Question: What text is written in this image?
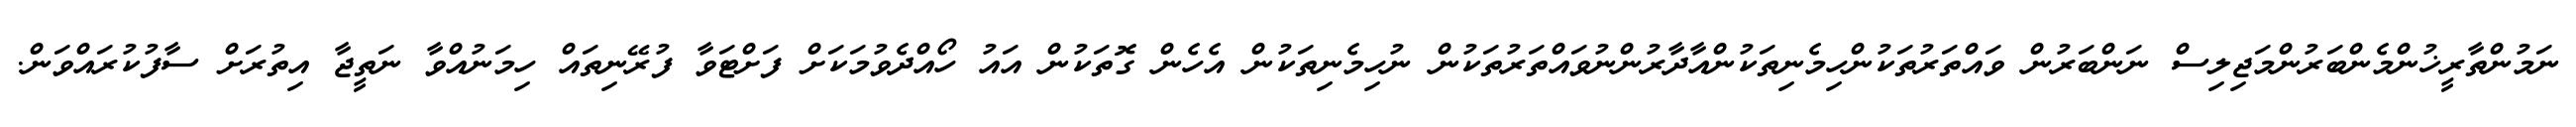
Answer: ނަމުންތާރީޚުންމެންބަރުންމަޖިލިސް ނަންބަރުން ވައްތަރުތަކުންހިމެނިތަކުންއާދާރުންނުވައްތަރުތަކުން ނުހިމެނިތަކުން އެހެން ގޮތަކުން އައު ހޯއްދެވުމަކަށް ފަށްޓަވާ ފުރޭނިތައް ހިމަނުއްވާ ނަތީޖާ އިތުރަށް ސާފުކުރައްވަން.